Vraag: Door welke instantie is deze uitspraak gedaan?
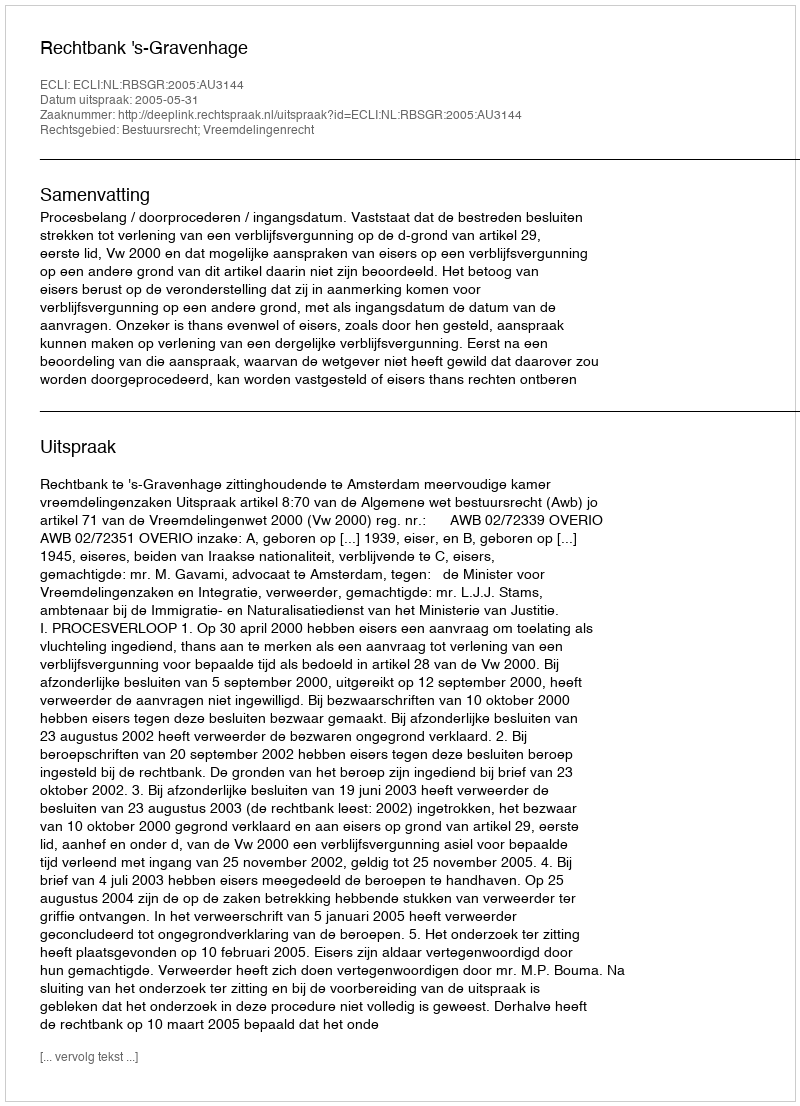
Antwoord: Rechtbank 's-Gravenhage